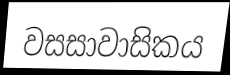
වසසාවාසිකය